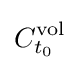
C_{t_{0}}^{\text{vol}}